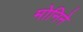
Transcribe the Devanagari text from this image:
मोनिने